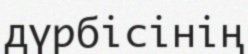
дүрбісінің